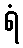
ရံ